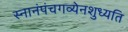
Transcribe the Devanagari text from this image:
स्नानंपंचगव्येनशुध्यति